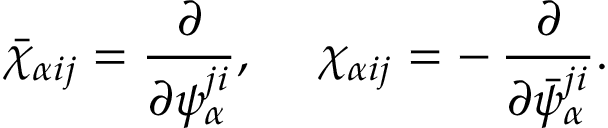
\bar { \chi } _ { \alpha i j } = \frac { \partial } { \partial \psi _ { \alpha } ^ { j i } } , ~ ~ ~ ~ \chi _ { \alpha i j } = - \, \frac { \partial } { \partial \bar { \psi } _ { \alpha } ^ { j i } } .